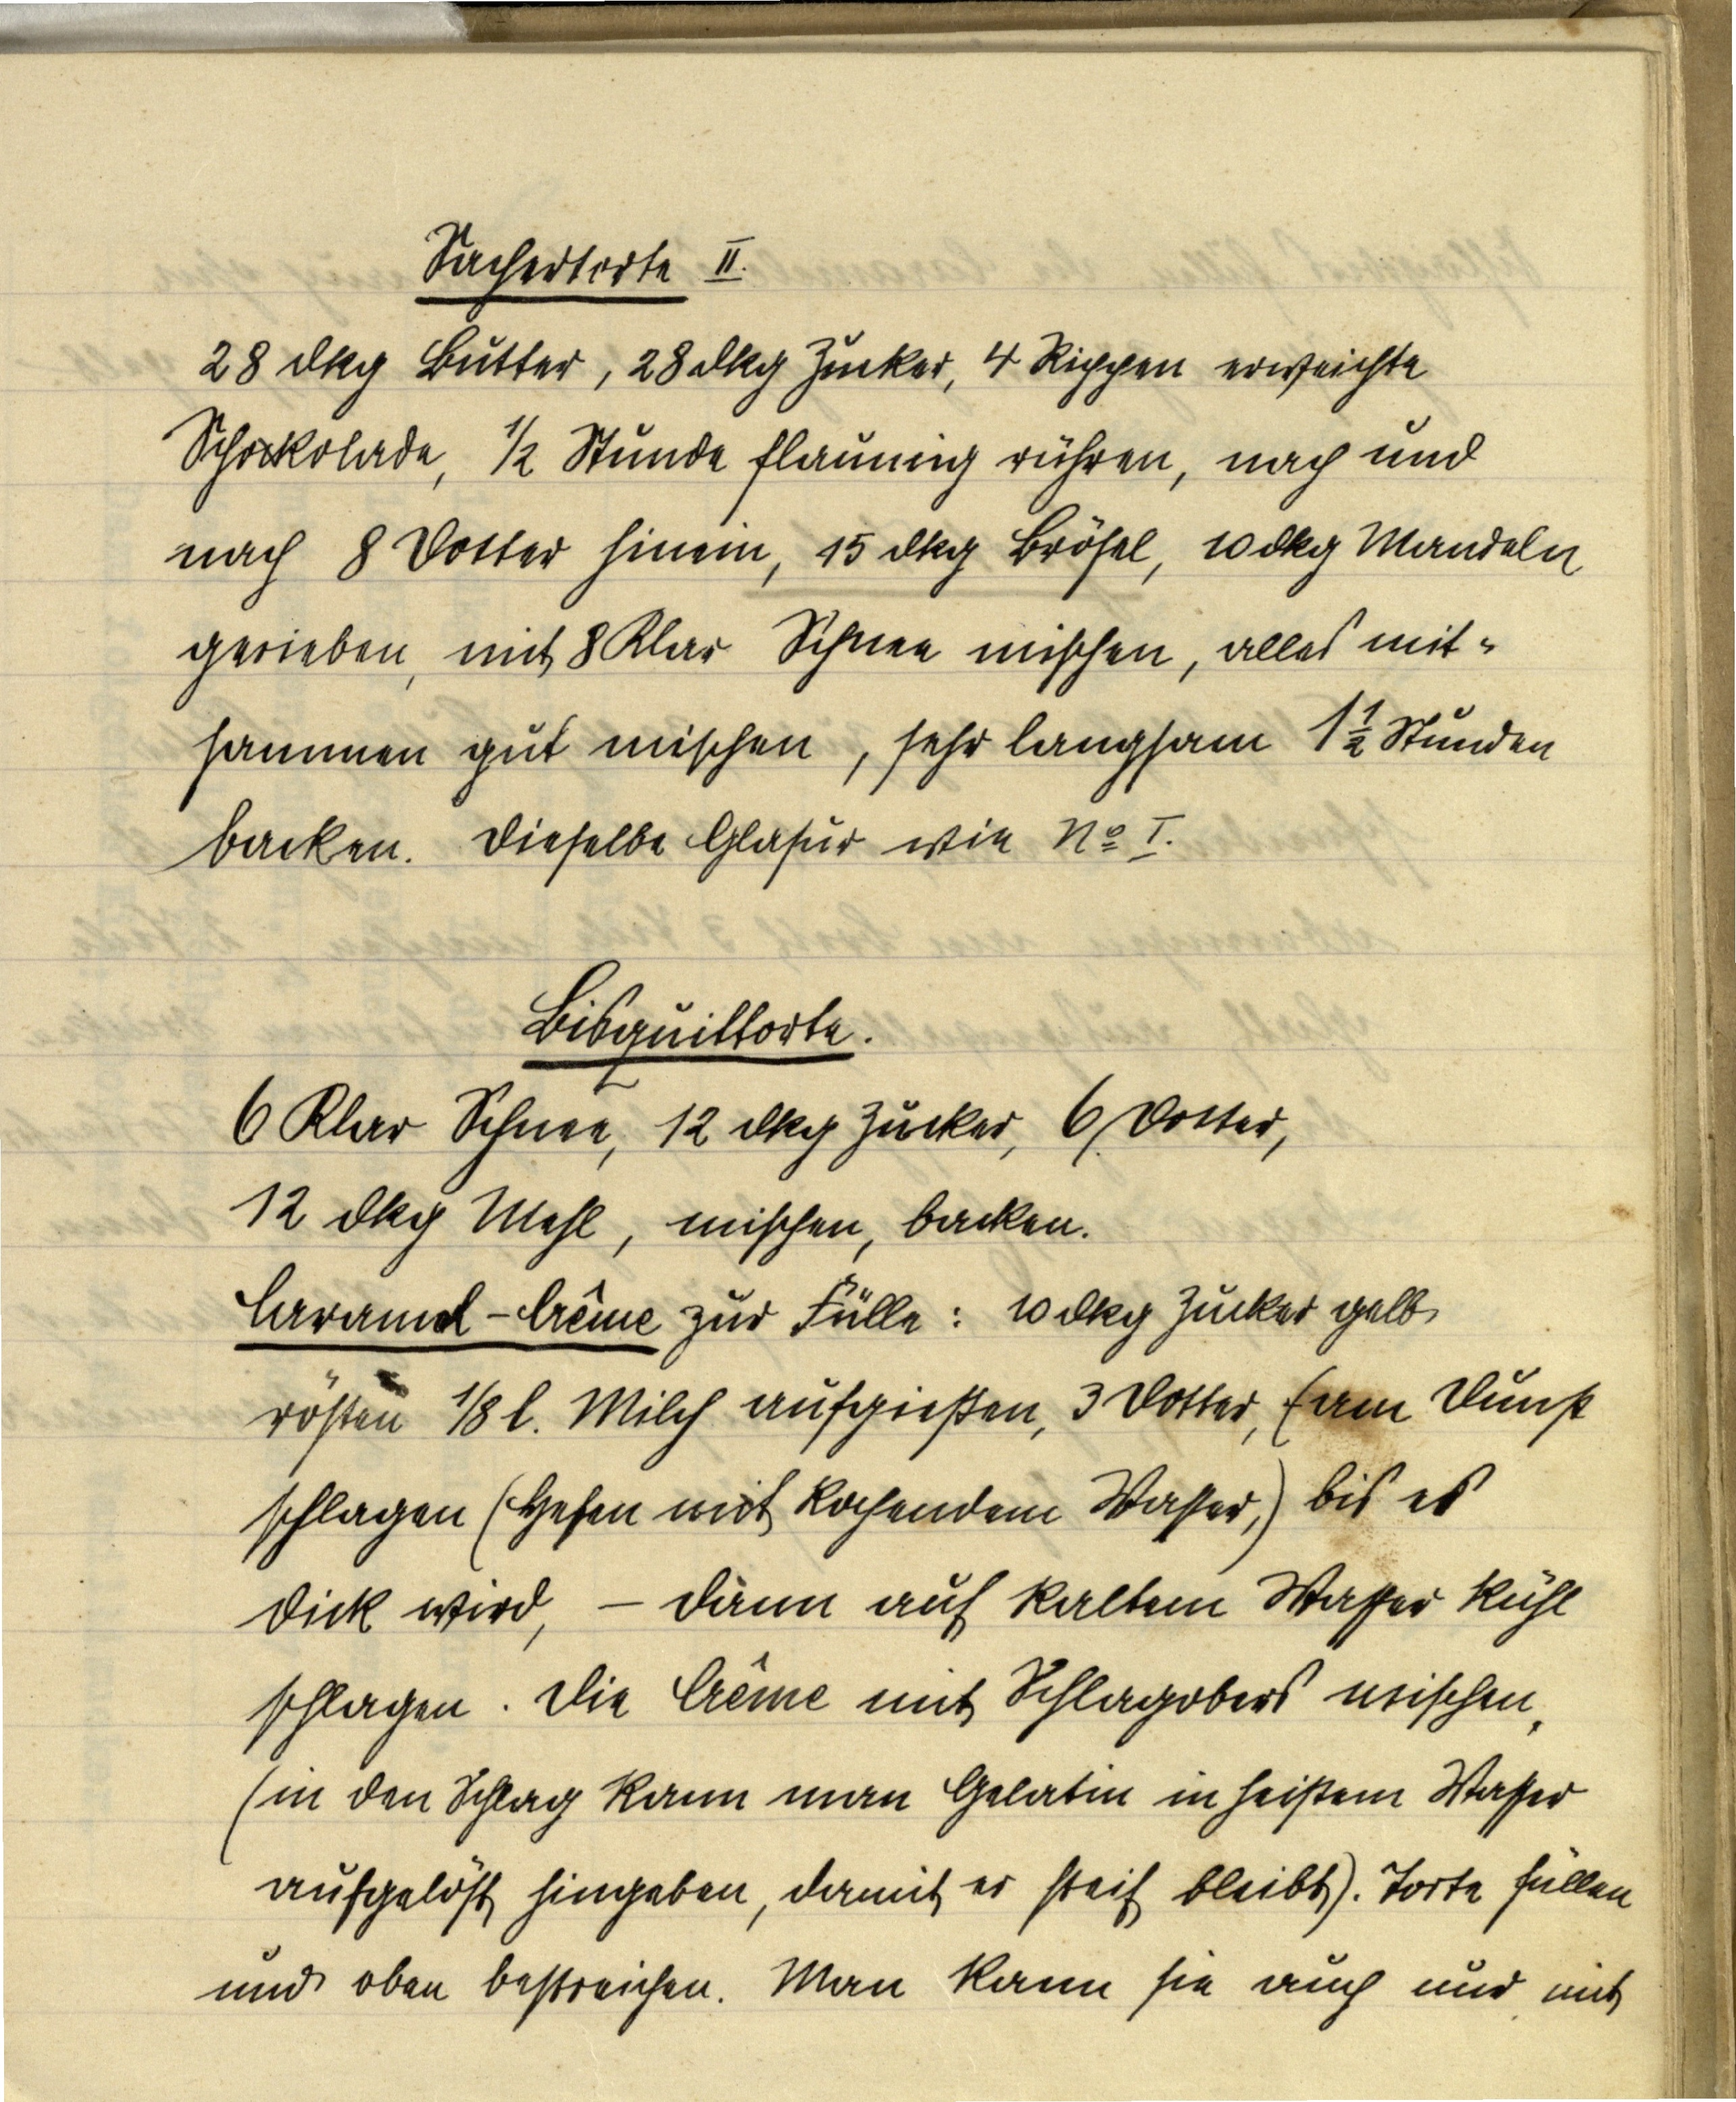
Sachertorte II.
28 dkg Butter, 28 dkg Zucker, 4 Rippen erweichte
Schockolade, ½ Stunde flaumig rühren, nach und
nach 8 Dotter hinein, 15 dkg Brösel, 10 dkg Mandeln
gerieben, mit 8 Klar Schnee mischen, alles mit¬
sammen gut mischen, sehr langsam 1 ½ Stunden
backen. Dieselbe Glasur wie № I.

Bisquittorte.
6 Klar Schnee, 12 dkg Zucker, 6 Dotter,
12 dkg Mehl, mischen, backen.
Caramel-Crême zur Fülle: 10 dkg Zucker gelb
rösten ⅛ l. Milch aufgießen, 3 Dotter, (am Dunst
schlagen (Hefen mit kochendem Wasser,) bis es
dick wird, — dann auf kaltem Wasser kühl
schlagen. Die Crême mit Schlagobers mischen
(in den Schlag kann man Gelatin in heißem Wasser
aufgelöst hingeben, damit er steif bleibt). Torte füllen
und oben bestreichen. Man kann sie auch nur mit